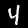
Label: 4